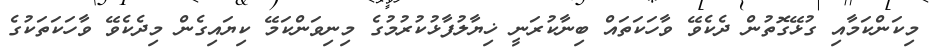
މިކަންކަމާއި ގުޅޭގޮތުން ދެކެވޭ ވާހަކަތައް ބިނާކުރަނީ ޚިޔާލުފާޅުކުރުމުގެ މިނިވަންކަމޭ ކިޔައިގެން މިދެކެވޭ ވާހަކަތަކުގެ